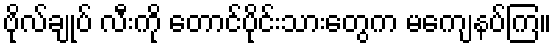
ဗိုလ်ချုပ် လီးကို တောင်ပိုင်းသားတွေက မကျေနပ်ကြ။